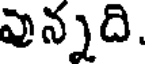
వున్నది.